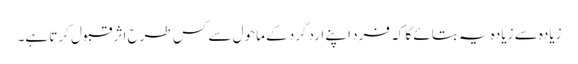
زیادہ سے زیادہ یہ بتائے گا کہ فرد اپنے اردگرد کے ماحول سے کس طرح اثر قبول کرتا ہے۔